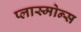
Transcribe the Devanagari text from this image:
प्लास्मोन्स